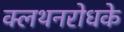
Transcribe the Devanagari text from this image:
क्लथनरोधके